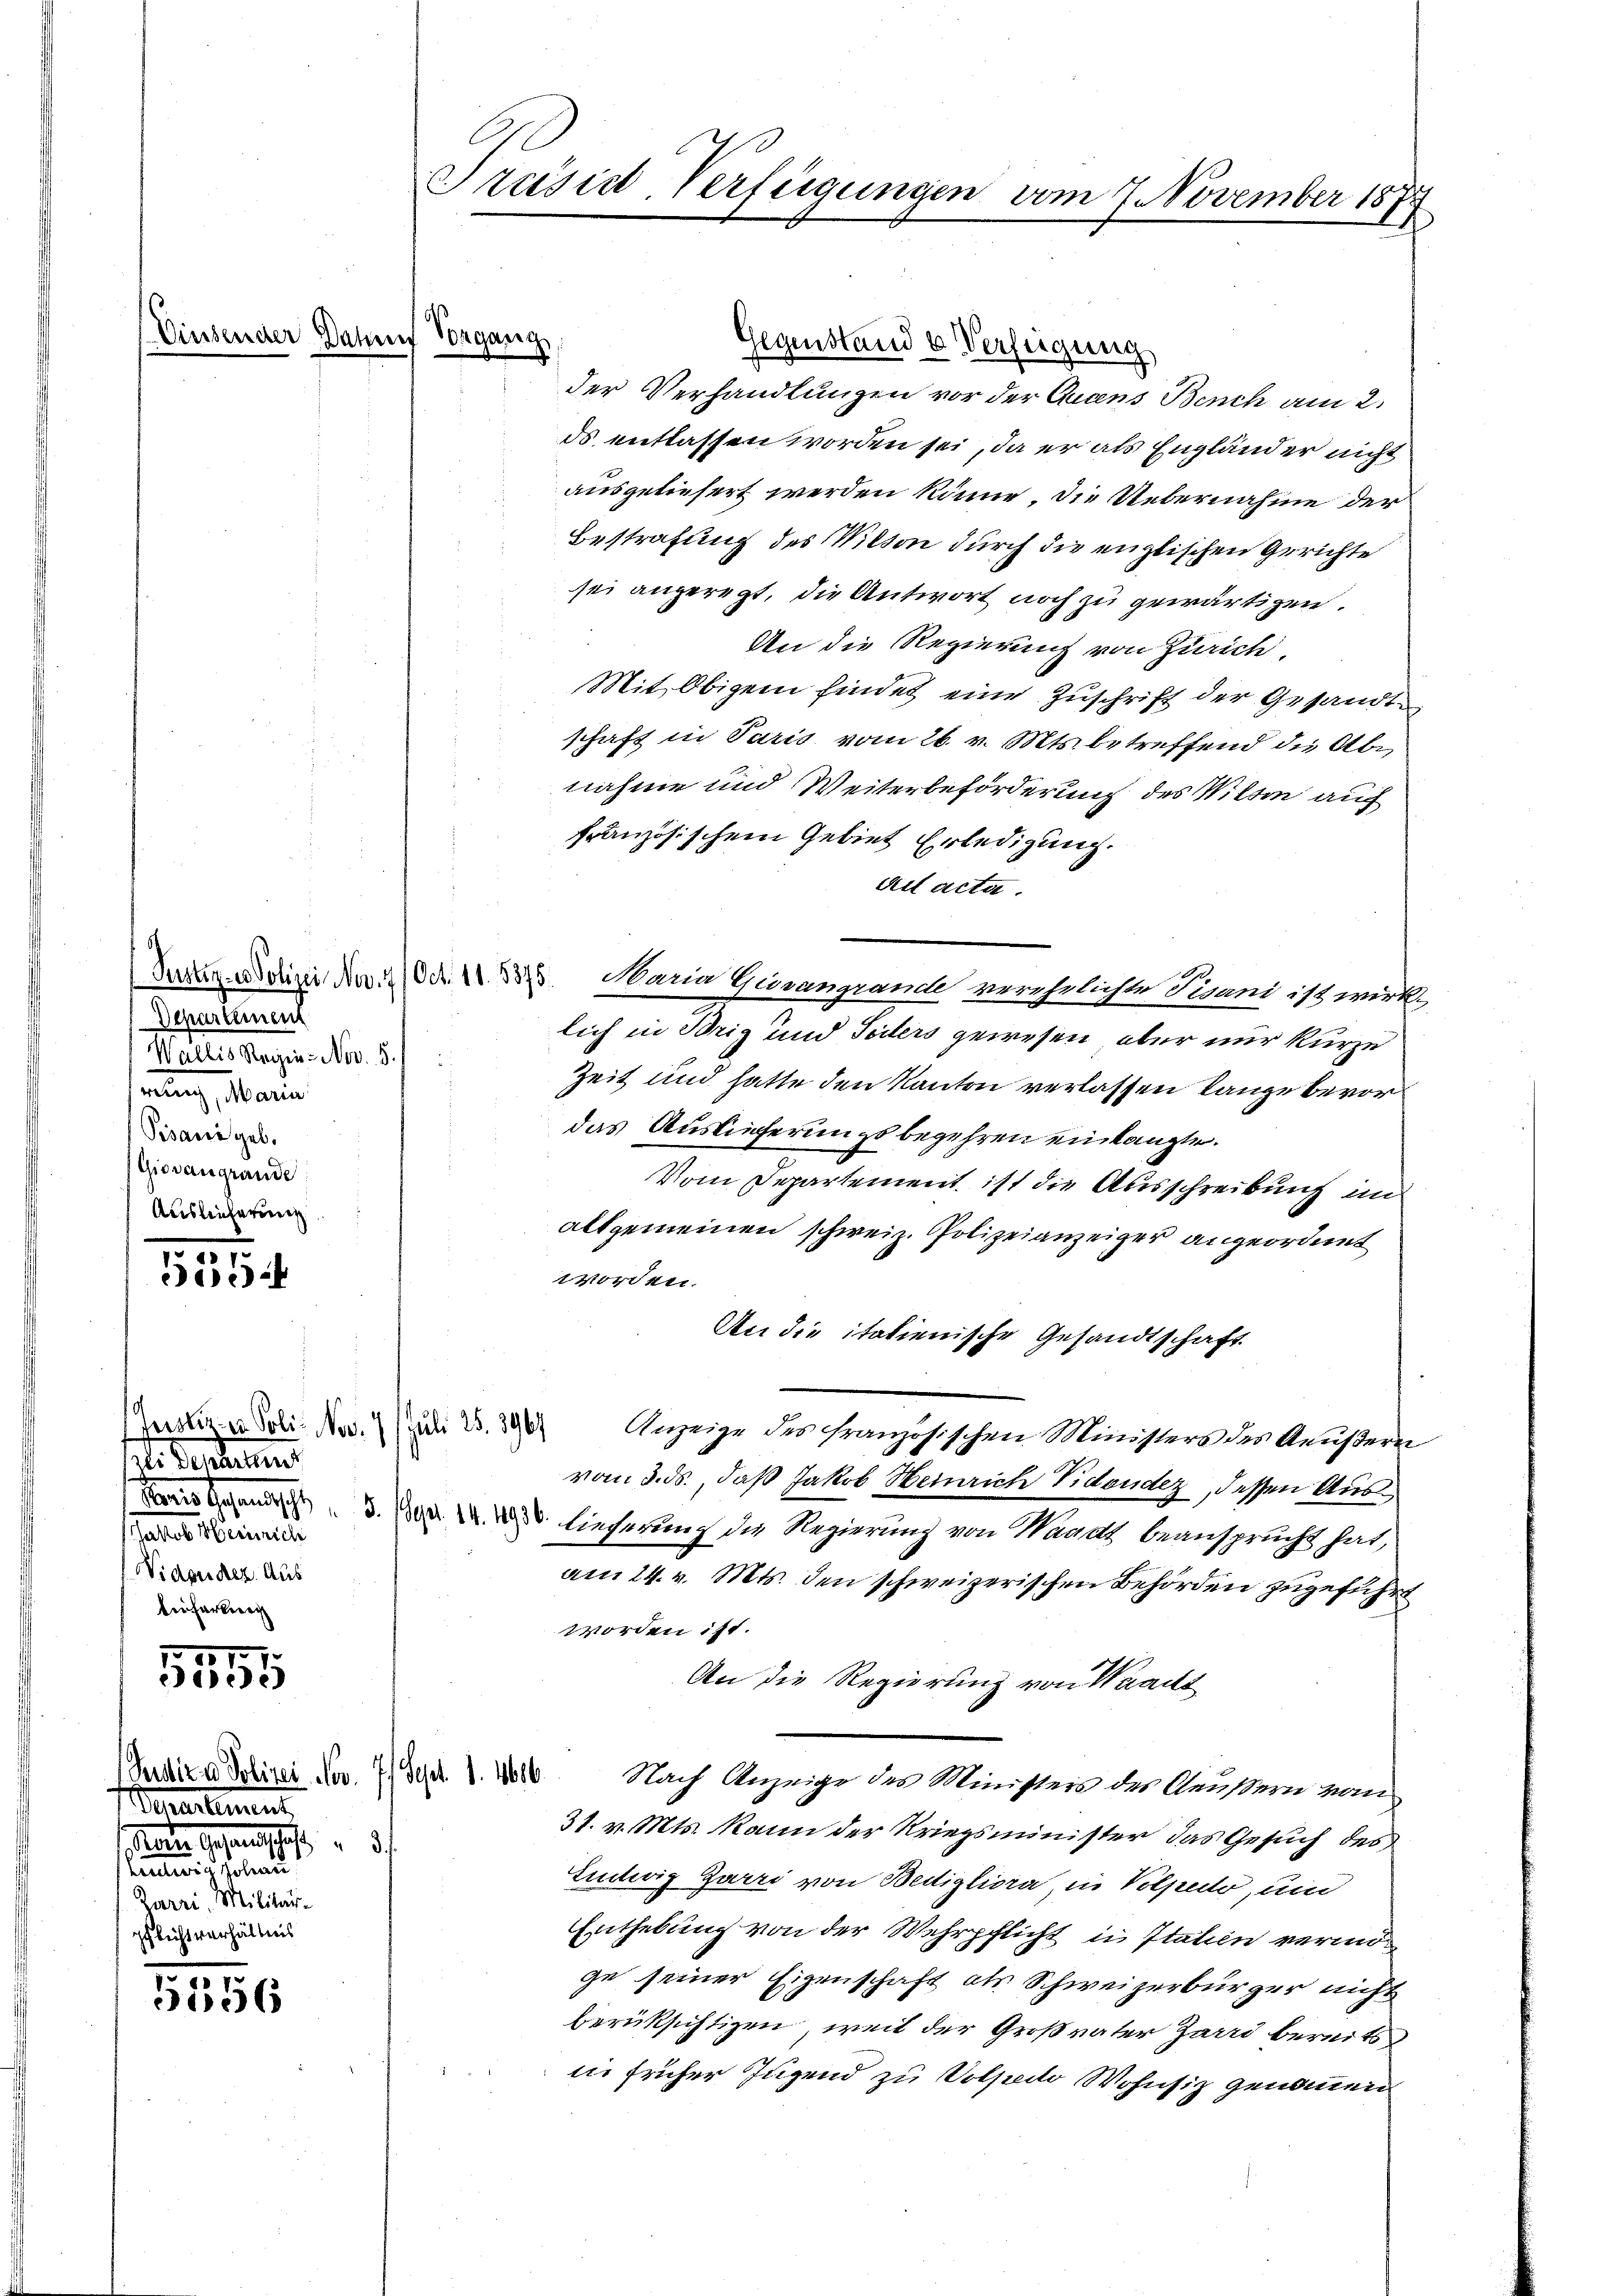
(Einsender Darf Vorgang,

Schartemen
Wallis Regie- Nov. 5.
serung, Marie
Pisani geb.
Giovangrande
Ausleicherung

17
5

Justiz in Poli. Nov. 7 / Juli 25. 3964
ei Departen
Jakob Meinrich
Vidoudez. Aus
Beifarbeig

1551

Venartement.
auen Gestandschaft
.
entweg solan
Zarri, Militar-
pflicht verhältens

.
5156

Präsid-Verfügungen vom 7. November 1874

Gegenstand u Verfeigung
der Verhandlungen vor der Queens Bench am 2.
ds entlassen worden sei, da er als Engländer nicht
ausgeliefert werden könne. Die Uebernahme der
Bestrafung des Milion durch die englischen Gerichte
sei angeregt, die Antwort noch zu gewärtigen.
An die Regierung von Zürich.
Mit Obigem findet eine Zuschrift der Gesandtschaft in Paris vom 26. v. Mts. betreffend die Abr
nahme und Weiterbeförderung des Willen auch
französischem Gebiet Erledigung.
ait acta.
Bar. Dotizei Nau (Od. 4. 8875. Daria Guranzance verehelichte Devant ist wird
lich in Briz und Teilers gewesen, aber nur kurze
Zeit und hatte den Kanton verlassen lange bevordas Auslieferungsbegehren einlangte.
Vom Departement ist die Ausschreibung im
allgemeinen schweiz. Polizeianzeiger angeordnet
worden.
An die italienische Gesandtschaft
Anzeige des französischen Ministers des Aeußern
vom 3. ds., daß Jakob Heinrich Vidoudez, dessen Ausnd 3. d. d. lieferung die Regierung von Waadt beansprucht hat,
am 24. v. Mts. den schweizerischen Behörden zugeführt
worden ist.
An die Regierung von Waadt
Sudiz & Polizei Nov. 7. Sept. 1. 1000. Nach Anzeige der Ministers des Aeußern vom
31. v. Mts. kann der Kriegsminister das Gesuch des
Eilwig Garri von Bedigliora, in Volperto, und
Enthebung von der Wehrpflicht in Italien vermöge seiner Eigenschaft als Schweizerbürger nicht
berüksichtigen, weil der Großvater Zarrd bereits
in früher Jugend zu Volpedo Wohnsiz genommen